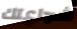
شجاعتك